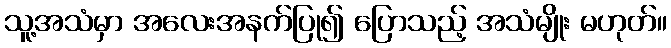
သူ့အသံမှာ အလေးအနက်ပြု၍ ပြောသည့် အသံမျိုး မဟုတ်။